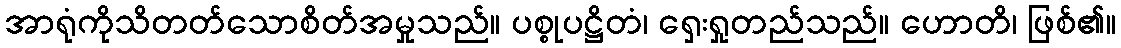
အာရုံကိုသိတတ်သောစိတ်အမှုသည်။ ပစ္စုပဋ္ဌိတံ၊ ရှေးရှုတည်သည်။ ဟောတိ၊ ဖြစ်၏။